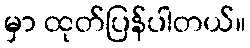
မှာ ထုတ်ပြန်ပါတယ်။